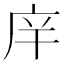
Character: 𰏴